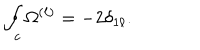
LaTeX: \oint _ { c } \Omega ^ { ( \ell ) } = - 2 \delta _ { 1 \ell } .